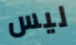
ليس